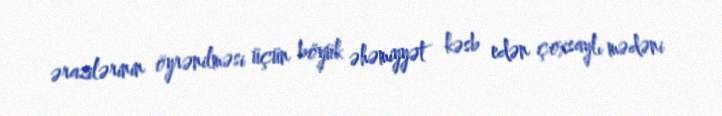
ərazilərinin öyrənilməsi üçün böyük əhəmiyyət kəsb edən çoxsaylı mədəni